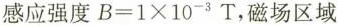
感应强度$$B=1\times 10^{-3}T$$，磁场区域